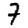
Digit: 7